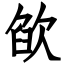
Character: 欿